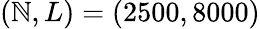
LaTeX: (\mathbb{N},L)=(2500,8000)